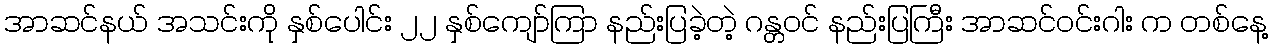
အာဆင်နယ် အသင်းကို နှစ်ပေါင်း ၂၂ နှစ်ကျော်ကြာ နည်းပြခဲ့တဲ့ ဂန္တဝင် နည်းပြကြီး အာဆင်ဝင်းဂါး က တစ်နေ့